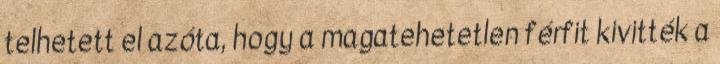
telhetett el azóta, hogy a magatehetetlen férfit kivitték a